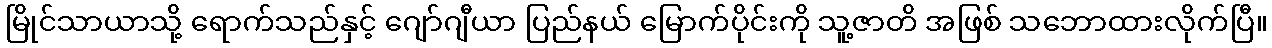
မြိုင်သာယာသို့ ရောက်သည်နှင့် ဂျော်ဂျီယာ ပြည်နယ် မြောက်ပိုင်းကို သူ့ဇာတိ အဖြစ် သဘောထားလိုက်ပြီ။